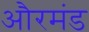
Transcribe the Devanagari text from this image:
औरमंड